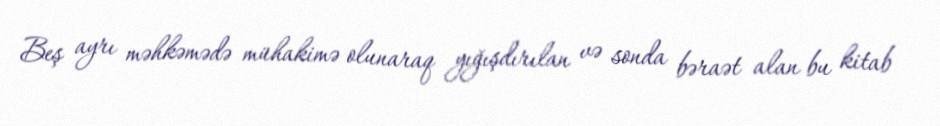
Beş ayrı məhkəmədə mühakimə olunaraq yığışdırılan və sonda bəraət alan bu kitab